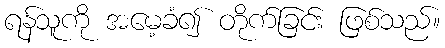
ရန်သူကို အမေ့ခံ၍ တိုက်ခြင်း ဖြစ်သည်။